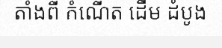
តាំងពី កំណើត ដើម ដំបូង